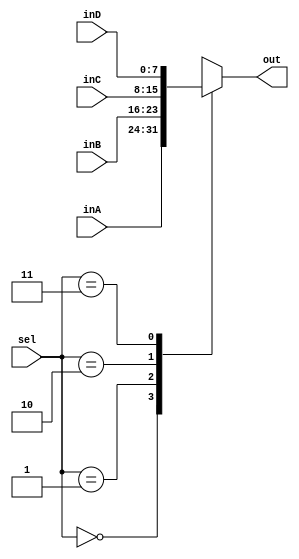
`timescale 1ns / 1ps
//////////////////////////////////////////////////////////////////////////////////
// Company: 
// Engineer: 
// 
// Design Name: 
// Module Name: Mux8Bit4To1
// Project Name: 
// Target Devices: 
// Tool Versions: 
// Description: 
// 
// Dependencies: 
// 
// Revision:
// Revision 0.01 - File Created
// Additional Comments:
// 
//////////////////////////////////////////////////////////////////////////////////


module Mux8Bit4To1(out, inA, inB, inC, inD, sel);

    input [7:0] inA, inB, inC, inD;
    input [1:0] sel;
    
    output reg [7:0] out;
    
    //simple mux which outputs a four bit signal based on a two bit select signal
    always @(*) begin
        case(sel)
            2'b00 : out <= inA;
            2'b01 : out <= inB;
            2'b10 : out <= inC;
            2'b11 : out <= inD;
        endcase
    end

endmodule